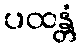
ပထန္တံ